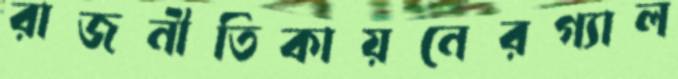
রাজনীতিকায়নেরগ্যাল